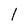
Character: 1